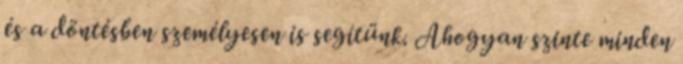
és a döntésben személyesen is segítünk. Ahogyan szinte minden